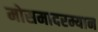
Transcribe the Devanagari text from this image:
मोसमादरम्यान